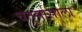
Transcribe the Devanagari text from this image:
चतुर्मासाला